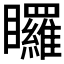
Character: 𭿳